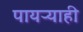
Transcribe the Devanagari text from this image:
पायऱ्याही